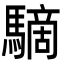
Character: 䮰